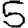
Digit: 5